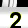
Digit: 2